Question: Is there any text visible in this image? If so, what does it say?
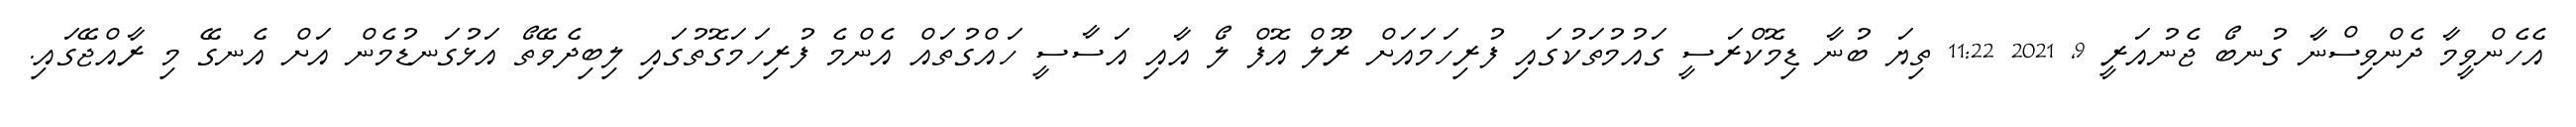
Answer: އެހެންވީމާ ދެންވިސްނާ ގުނބޯ ޖެނުއަރީ 9, 2021 11:22 ތިޔަ ބުނާ ޑިމޮކްރަސީ ގައުމުތަކުގައި ފުރިހަމައަށް ރޫލް އޮފް ލޯ އާއި އަސާސީ ހައްގުތައް އެންމެ ފުރިހަމަގޮތުގައި ލިބިދެވޭތޯ އަޅުގަނޑުމެން އަށް އެނގޭ މި ރާއްޖޭގައި.